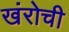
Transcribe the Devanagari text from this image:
खंरोची